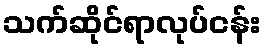
သက်ဆိုင်ရာလုပ်ငန်း